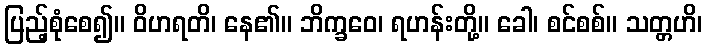
ပြည့်စုံစေ၍။ ဝိဟရတိ၊ နေ၏။ ဘိက္ခဝေ၊ ရဟန်းတို့။ ခေါ၊ စင်စစ်။ သတ္တဟိ၊